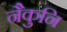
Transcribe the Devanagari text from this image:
नैकुनि